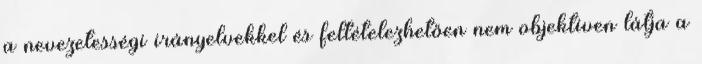
a nevezetességi irányelvekkel és feltételezhetően nem objektíven látja a